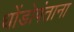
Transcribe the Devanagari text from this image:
धोंडोपंताना